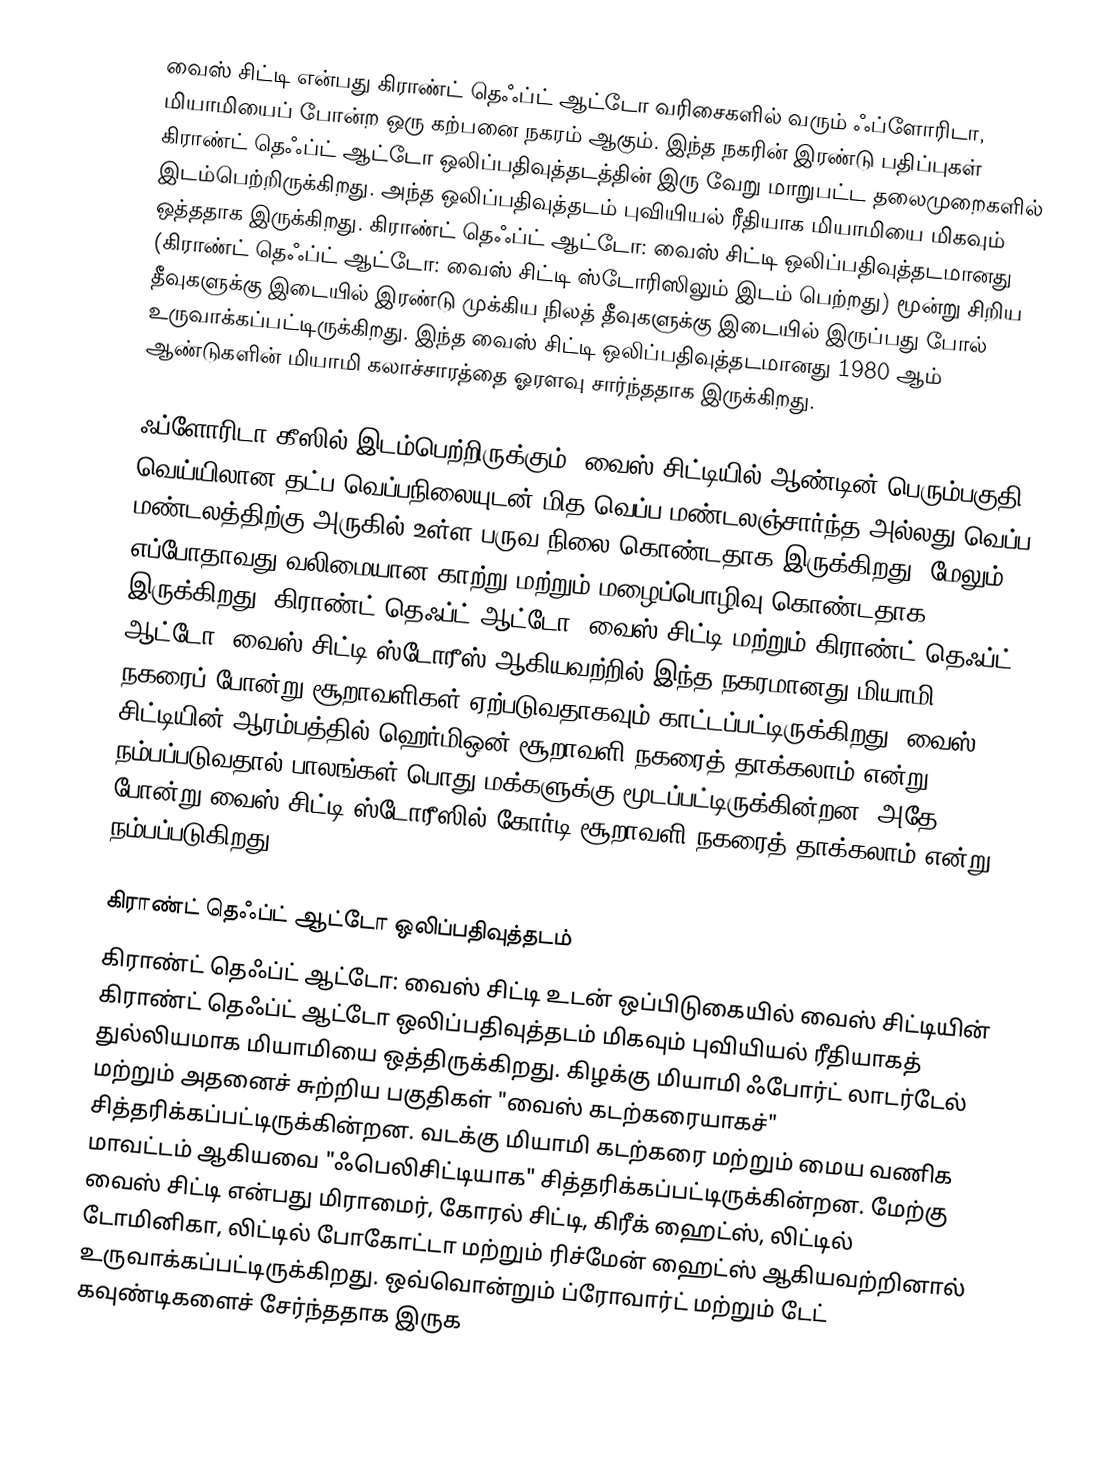
வைஸ் சிட்டி என்பது கிராண்ட் தெஃப்ட் ஆட்டோ வரிசைகளில் வரும் ஃப்ளோரிடா, மியாமியைப் போன்ற ஒரு கற்பனை நகரம் ஆகும். இந்த நகரின் இரண்டு பதிப்புகள் கிராண்ட் தெஃப்ட் ஆட்டோ  ஒலிப்பதிவுத்தடத்தின் இரு வேறு மாறுபட்ட தலைமுறைகளில் இடம்பெற்றிருக்கிறது. அந்த ஒலிப்பதிவுத்தடம் புவியியல் ரீதியாக மியாமியை மிகவும் ஒத்ததாக இருக்கிறது. கிராண்ட் தெஃப்ட் ஆட்டோ: வைஸ் சிட்டி   ஒலிப்பதிவுத்தடமானது (கிராண்ட் தெஃப்ட் ஆட்டோ: வைஸ் சிட்டி ஸ்டோரிஸிலும் இடம் பெற்றது) மூன்று சிறிய தீவுகளுக்கு இடையில் இரண்டு முக்கிய நிலத் தீவுகளுக்கு இடையில் இருப்பது போல் உருவாக்கப்பட்டிருக்கிறது. இந்த வைஸ் சிட்டி ஒலிப்பதிவுத்தடமானது 1980 ஆம் ஆண்டுகளின் மியாமி கலாச்சாரத்தை ஓரளவு சார்ந்ததாக இருக்கிறது.

ஃப்ளோரிடா கீஸில் இடம்பெற்றிருக்கும். வைஸ் சிட்டியில் ஆண்டின் பெரும்பகுதி வெய்யிலான தட்ப வெப்பநிலையுடன் மித வெப்ப மண்டலஞ்சார்ந்த அல்லது வெப்ப மண்டலத்திற்கு அருகில் உள்ள பருவ நிலை கொண்டதாக இருக்கிறது. மேலும் எப்போதாவது வலிமையான காற்று மற்றும் மழைப்பொழிவு கொண்டதாக இருக்கிறது. கிராண்ட் தெஃப்ட் ஆட்டோ: வைஸ் சிட்டி மற்றும் கிராண்ட் தெஃப்ட் ஆட்டோ: வைஸ் சிட்டி ஸ்டோரீஸ்  ஆகியவற்றில் இந்த நகரமானது மியாமி நகரைப் போன்று சூறாவளிகள் ஏற்படுவதாகவும் காட்டப்பட்டிருக்கிறது; வைஸ் சிட்டியின் ஆரம்பத்தில் ஹெர்மிஒன் சூறாவளி நகரைத் தாக்கலாம் என்று நம்பப்படுவதால் பாலங்கள் பொது மக்களுக்கு மூடப்பட்டிருக்கின்றன. அதே போன்று வைஸ் சிட்டி ஸ்டோரீஸில் கோர்டி சூறாவளி நகரைத் தாக்கலாம் என்று நம்பப்படுகிறது.

 கிராண்ட் தெஃப்ட் ஆட்டோ ஒலிப்பதிவுத்தடம்
கிராண்ட் தெஃப்ட் ஆட்டோ: வைஸ் சிட்டி உடன் ஒப்பிடுகையில் வைஸ் சிட்டியின் கிராண்ட் தெஃப்ட் ஆட்டோ ஒலிப்பதிவுத்தடம் மிகவும் புவியியல் ரீதியாகத் துல்லியமாக மியாமியை ஒத்திருக்கிறது. கிழக்கு மியாமி ஃபோர்ட் லாடர்டேல் மற்றும் அதனைச் சுற்றிய பகுதிகள் "வைஸ் கடற்கரையாகச்" சித்தரிக்கப்பட்டிருக்கின்றன. வடக்கு மியாமி கடற்கரை மற்றும் மைய வணிக மாவட்டம் ஆகியவை "ஃபெலிசிட்டியாக" சித்தரிக்கப்பட்டிருக்கின்றன. மேற்கு வைஸ் சிட்டி என்பது மிராமைர், கோரல் சிட்டி, கிரீக் ஹைட்ஸ், லிட்டில் டோமினிகா, லிட்டில் போகோட்டா மற்றும் ரிச்மேன் ஹைட்ஸ் ஆகியவற்றினால் உருவாக்கப்பட்டிருக்கிறது. ஒவ்வொன்றும் ப்ரோவார்ட் மற்றும் டேட் கவுண்டிகளைச் சேர்ந்ததாக இருக